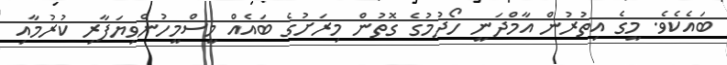
ބައެކެވެ. މީގެ އިތުރުން އާމްދަނީ ހޯދުމުގެ ގޮތުން މިރަށުގެ ބައެއް މީސްމީހުންވިޔަފާރި ކުރުމާއި